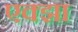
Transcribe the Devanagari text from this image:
एक्झा